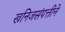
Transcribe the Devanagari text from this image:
खनिजसंपत्तीने